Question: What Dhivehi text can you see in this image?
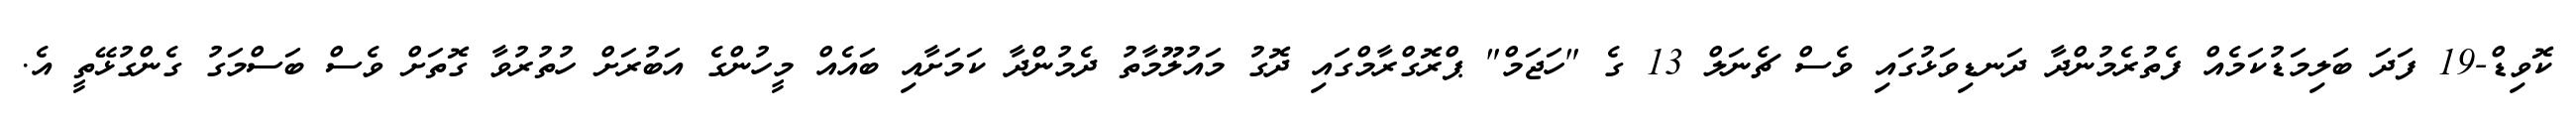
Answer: ކޮވިޑް-19 ފަދަ ބަލިމަޑުކަމެއް ފެތުރެމުންދާ ދަނޑިވަޅުގައި ވެސް ޗެނަލް 13 ގެ "ހަޖަމް" ޕްރޮގްރާމްގައި ދޮގު މައުލޫމާތު ދެމުންދާ ކަމަށާއި ބައެއް މީހުންގެ އަބުރަށް ހުތުރުވާ ގޮތަށް ވެސް ބަސްމަގު ގެންގުޅޭތީ އެ.